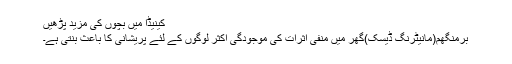
کینیڈا میں بچوں کی مزید پڑھیں
برمنگھم(مانیٹرنگ ڈیسک)گھر میں منفی اثرات کی موجودگی اکثر لوگوں کے لئے پریشانی کا باعث بنتی ہے۔